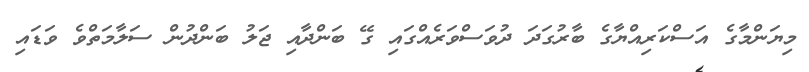
މިޔަންމާގެ އަސްކަރިއްޔާގެ ބާރުގަދަ ދުވަސްވަރެއްގައި ގޭ ބަންދާއި ޖަލު ބަންދުން ސަލާމަތްވެ ވަޑައި